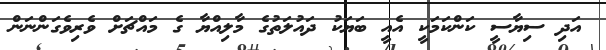
އަދި ސިޔާސީ ކަންކަމަކީ އެއީ ބަޔަކު ދައުލަތުގެ މާލިއްޔާ ގެ މައްޗަށް ވެރިވެގަންނަން